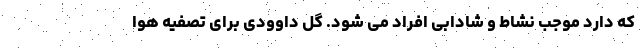
که دارد موجب نشاط و شادابی افراد می شود. گل داوودی برای تصفیه هوا